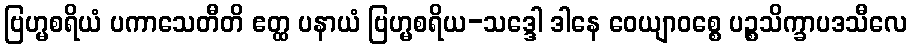
ဗြဟ္မစရိယံ ပကာသေတီတိ ဧတ္ထ ပနာယံ ဗြဟ္မစရိယ-သဒ္ဒေါ ဒါနေ ဝေယျာဝစ္စေ ပဉ္စသိက္ခာပဒသီလေ